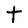
Character: t